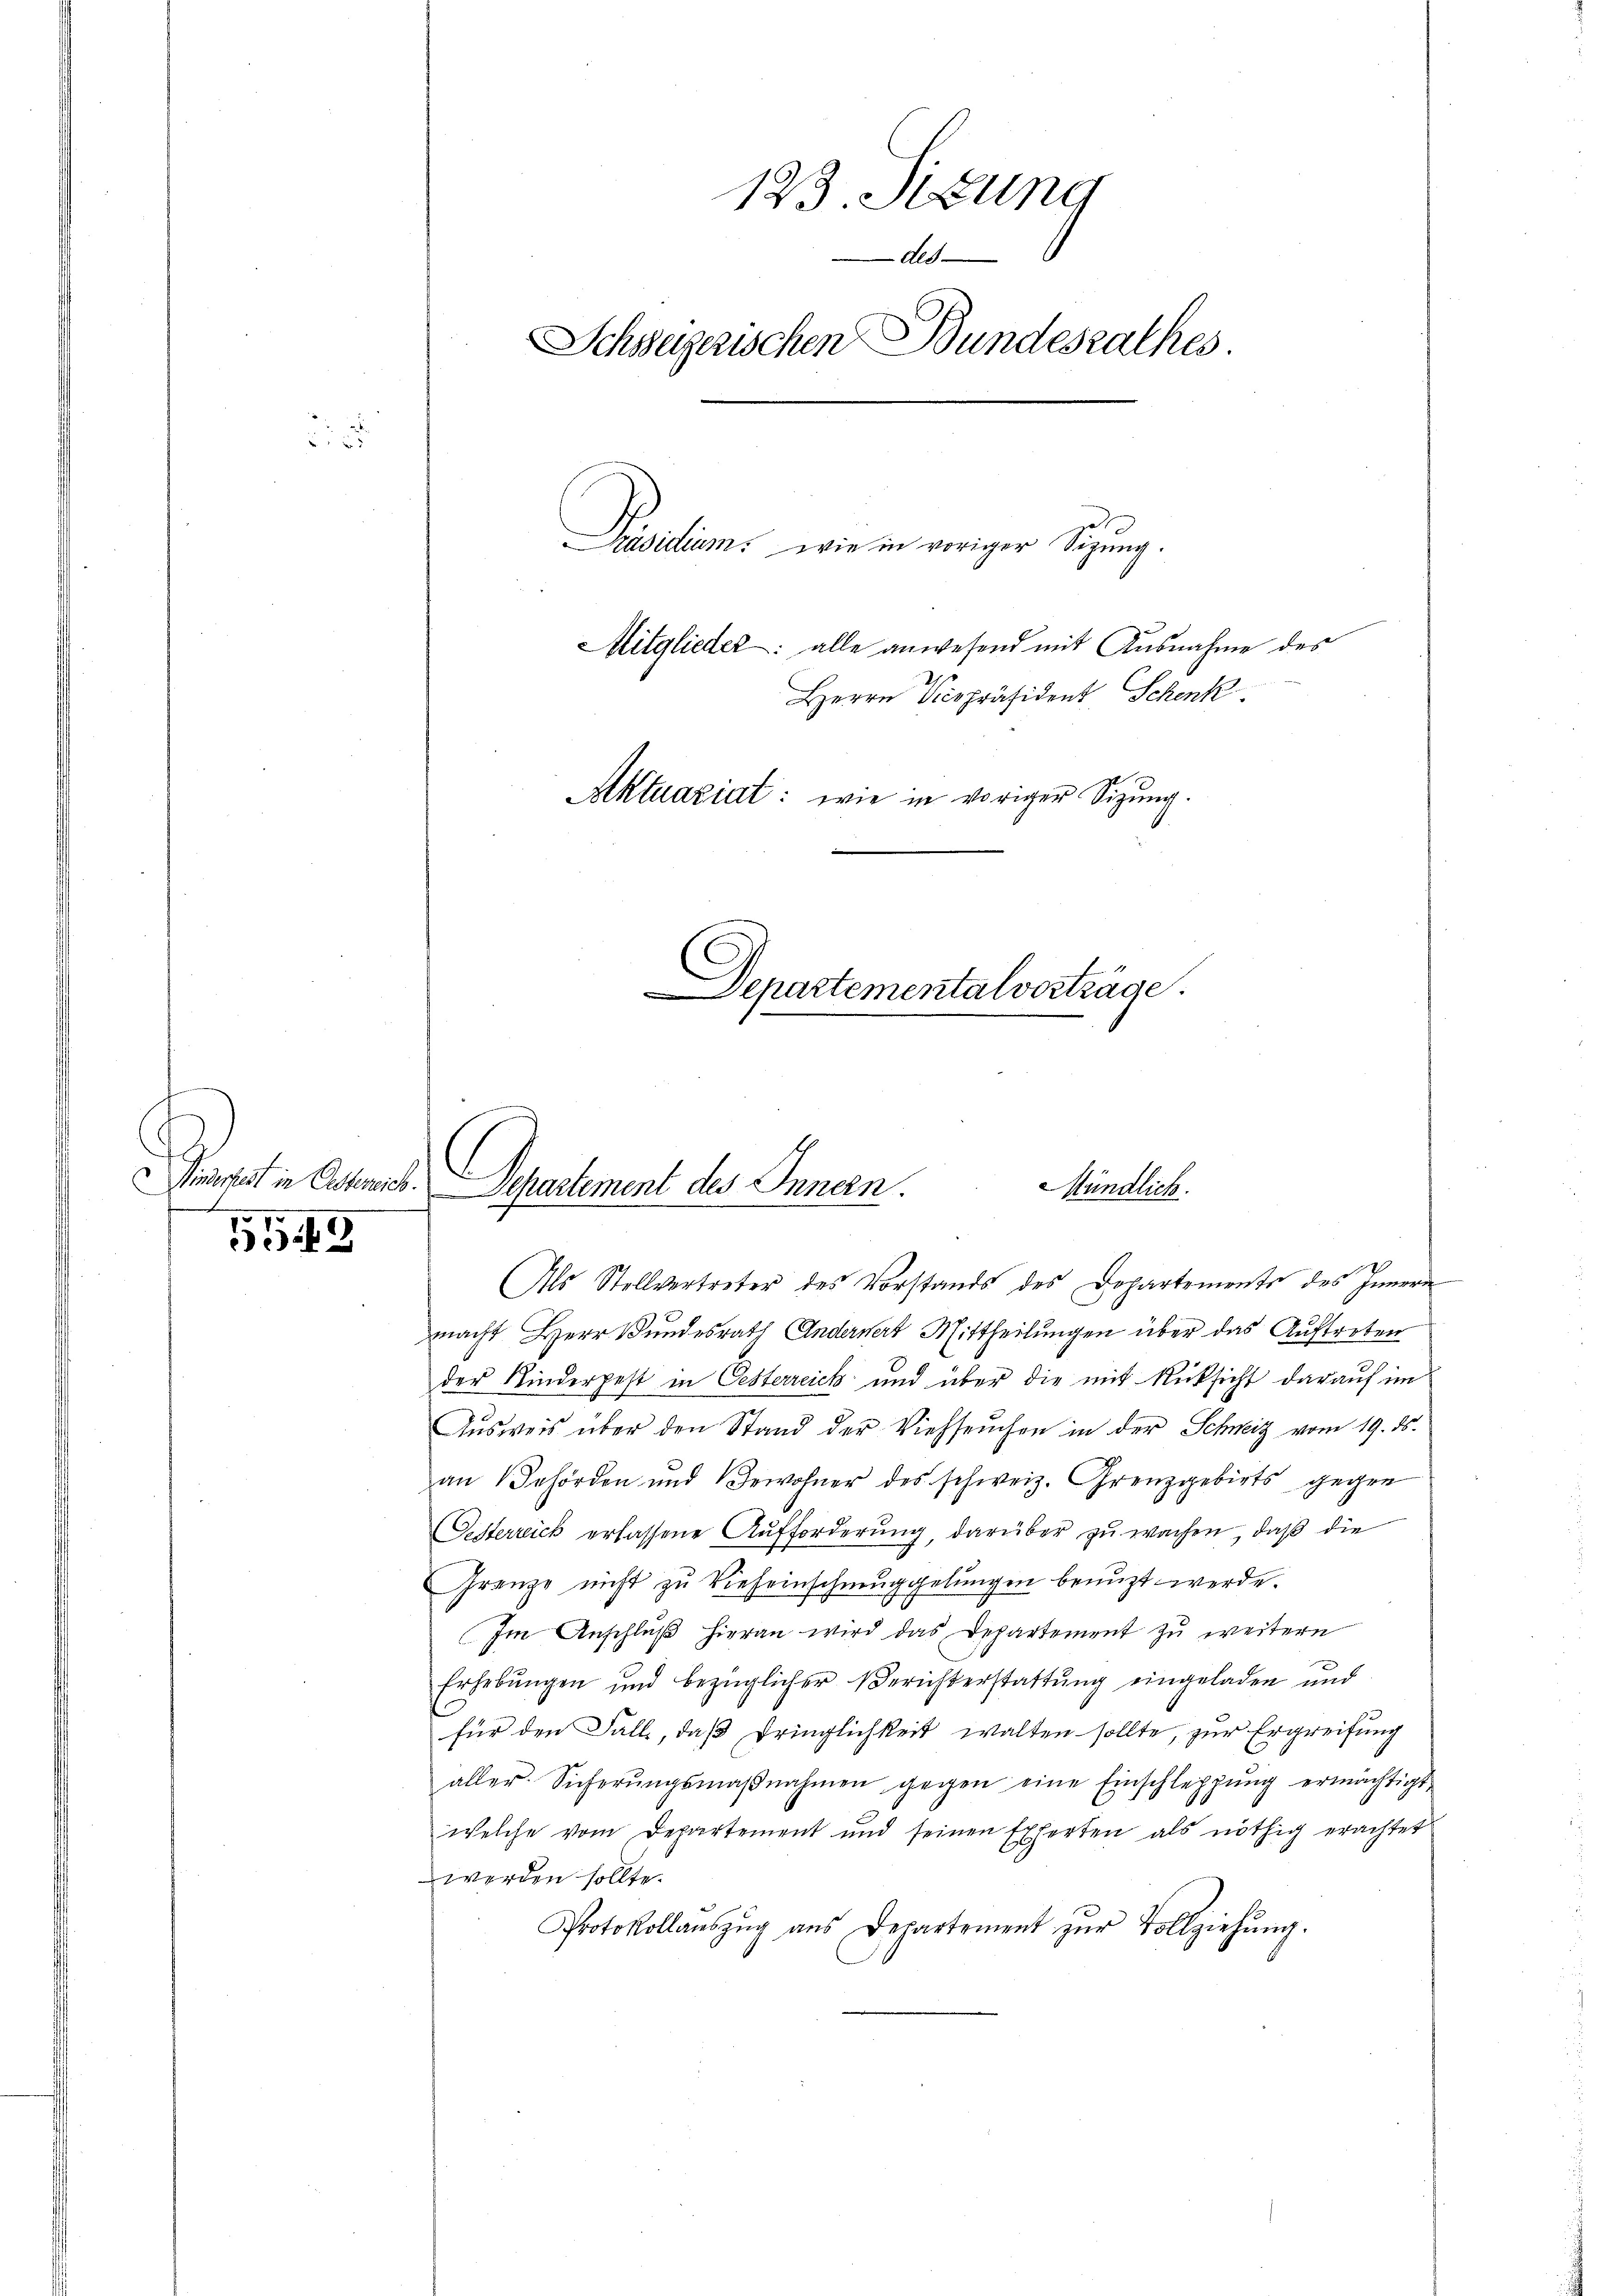
.

f

549

123. Sitzung
Ald
Schweizerischen Bundesrathes.
Präsidium, wie in voriger Sitzung.
Mitglieder: alle anwesend mit Ausnahme des
Herrn Vicepräsident Schenk
Aktuariat: wie in voriger Sitzung.
Departementalverträge.
e

inirtest in Actens. Separtement des Innern.
Mündlich.

Als Stellvertreter des Vorstands des Departements des Innern
macht Herr Bundesrath Andernert Mittheilungen über das Auftreten
der Kinderpest in Oesterreich und über die mit Rücksicht darauf im
Aŭsweis über den Stand der Viehseuchen in der Schweiz vom 19. ds.
an Behörden und Bewohner des schweiz. Grenzgebiets gegen
Gesterreich erlassene Aufforderung, darüber zu wachen, daß die
Gränze nicht zu Vieheinschmuggelungen benuzt werde.
Im Anschluß hieran wird das Departement zu weitern
Erhebŭngen und bezüglicher Berichterstattŭng eingeladen und
für den Fall, daß Dringlichkeit walten sollte, zur Ergreifung
aller. Sicherŭngsmaβnahmen gegen eine Einschleppung ermächtigt,
welche vom Departement und seinen Experten als nöthig erachtet
werden sollte.
Protokollaŭszŭg ans Departement zŭr Vollziehŭng.